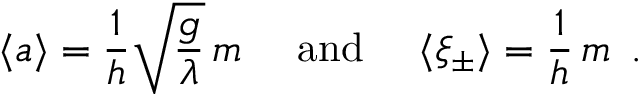
\langle a \rangle = \frac { 1 } { h } \sqrt { \frac { g } { \lambda } } \, m \, \, \, \, \, \, \mathrm { ~ a n d ~ } \, \, \, \, \, \, \langle \xi _ { \pm } \rangle = \frac { 1 } { h } \, m \, \, \, .